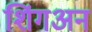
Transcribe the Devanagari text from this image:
शिंगअन